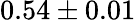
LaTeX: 0.54\pm 0.01